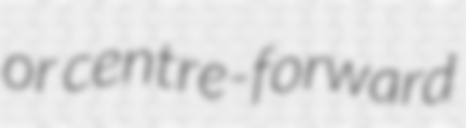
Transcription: or centre-forward